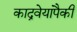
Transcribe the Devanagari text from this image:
काद्रवेयांपैकी